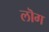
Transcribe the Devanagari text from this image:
लॊग